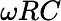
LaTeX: \omega RC